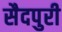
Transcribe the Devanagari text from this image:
सैदपुरी